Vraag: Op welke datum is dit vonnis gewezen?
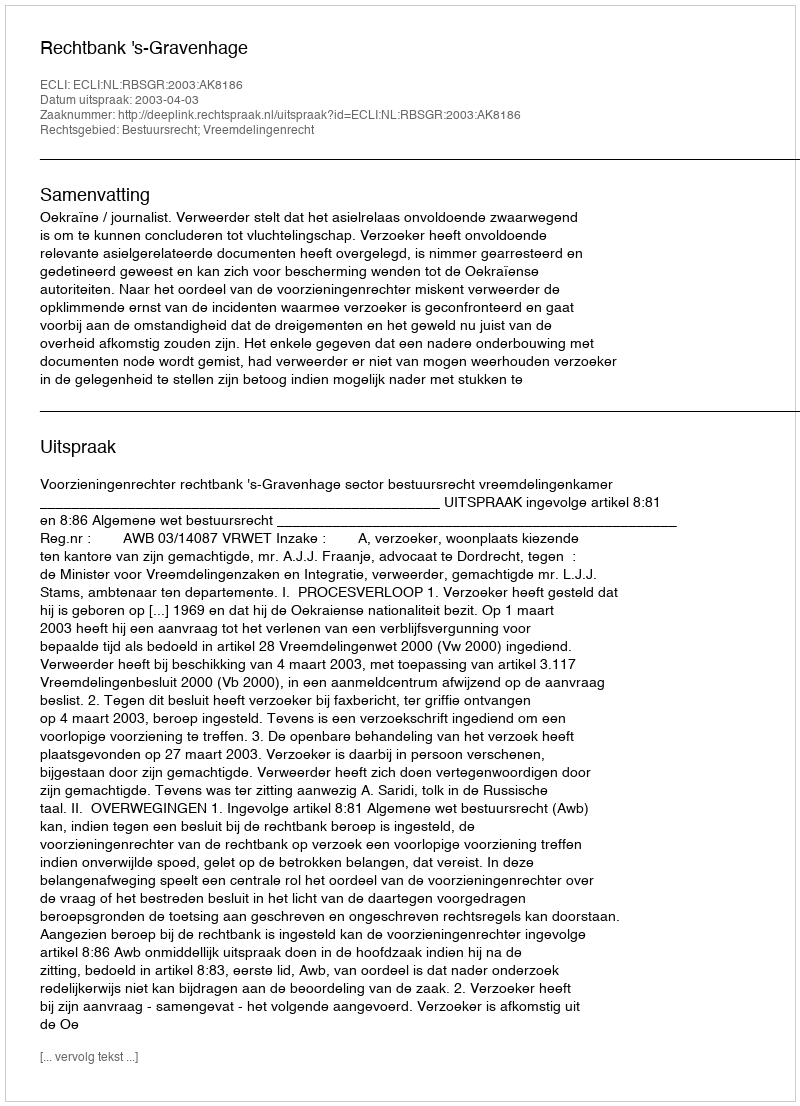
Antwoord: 2003-04-03